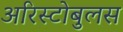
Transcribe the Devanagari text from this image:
अरिस्टोबुलस